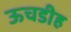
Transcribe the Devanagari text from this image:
ऊचडीह